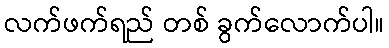
လက်ဖက်ရည် တစ် ခွက်လောက်ပါ။